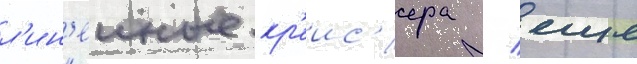
л'ин'еиные кр'еис'ера / еще